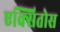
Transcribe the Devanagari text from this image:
एक्सितोस